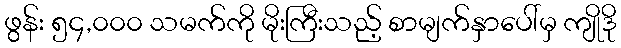
ဖွန်း ၅၄,၀၀၀ သမက်ကို မိုးကြီးသည့် စာမျက်နှာပေါ်မှ ကျိုဒို